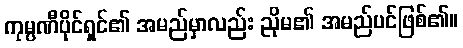
ကုမ္ပဏီပိုင်ရှင်၏ အမည်မှာလည်း ညိုမ၏ အမည်ပင်ဖြစ်၏။